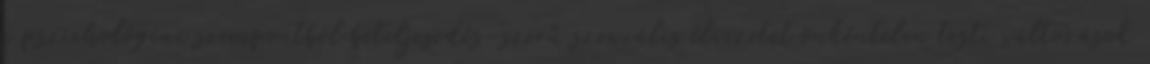
a pszichológiai szempontból beteljesedés-szerű szexuális élvezetet önkéntelen testi változások